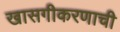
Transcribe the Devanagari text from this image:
खासगीकरणाची